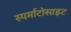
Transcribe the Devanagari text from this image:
स्पर्माटोसाइट